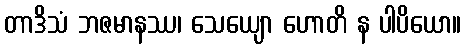
တာဒိသံ ဘဇမာနဿ၊ သေယျော ဟောတိ န ပါပိယော။